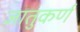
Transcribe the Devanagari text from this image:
जातुकर्ण